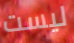
ليست